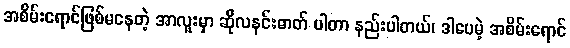
အစိမ်းရောင်ဖြစ်မနေတဲ့ အာလူးမှာ ဆိုလနင်းဓာတ် ပါတာ နည်းပါတယ်၊ ဒါပေမဲ့ အစိမ်းရောင်